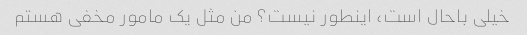
خیلی باحال است، اینطور نیست؟ من مثل یک مامور مخفی هستم